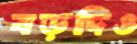
বড়দিও